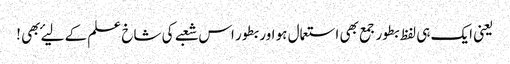
یعنی ایک ہی لفظ بطور جمع بھی استعمال ہو اور بطور اس شعبے کی شاخ علم کے لیۓ بھی !